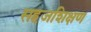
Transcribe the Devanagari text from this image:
सहजशिक्षण